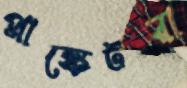
প্লাঙ্কেটরা